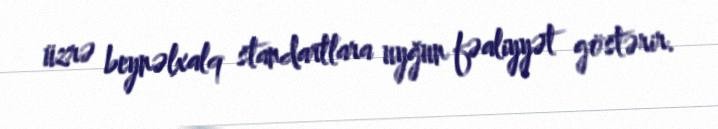
üzrə beynəlxalq standartlara uyğun fəaliyyət göstərir.